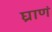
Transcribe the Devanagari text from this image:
घ्राणं